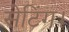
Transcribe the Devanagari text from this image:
सेटिंग।